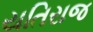
યતિરાજ